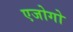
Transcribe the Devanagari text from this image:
एजोगो